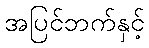
အပြင်ဘက်နှင့်